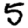
Digit: 5